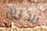
سرق